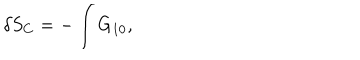
\delta S _ { C } = - \int G _ { 1 0 } ,